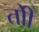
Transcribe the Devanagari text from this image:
तोी